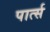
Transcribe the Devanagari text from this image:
पार्त्स